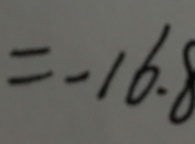
= - 1 6 . 8